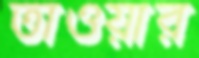
তাওয়ার